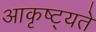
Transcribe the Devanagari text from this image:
आकृष्ट्यते